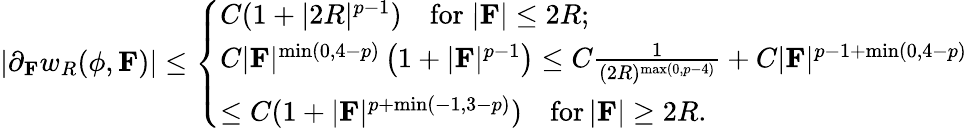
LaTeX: |\partial_{\mathbf{F}}w_{R}(\phi,\mathbf{F})|\leq\left\{ \begin{array}{ll}{C(1+|2R|^{p-1})\quad\mathrm{for}\; |\mathbf{F}|\leq 2R;}\\ {C|\mathbf{F}|^{\operatorname*{min}(0,4-p)}\left(1+|\mathbf{F}|^{p-1}\right)\leq C\frac{1}{(2R)^{\operatorname*{max}(0,p-4)}}+C|\mathbf{F}|^{p-1+\operatorname*{min}(0,4-p)}}\\ {\leq C(1+|\mathbf{F}|^{p+\operatorname*{min}(-1,3-p)})\quad\mathrm{for}\, |\mathbf{F}|\geq 2R.}\end{array}\right.